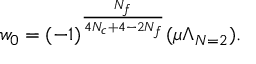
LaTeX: w _ { 0 } = ( - 1 ) ^ { \frac { N _ { f } } { 4 N _ { c } + 4 - 2 N _ { f } } } ( \mu \Lambda _ { N = 2 } ) .